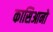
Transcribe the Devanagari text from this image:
कासिआनो